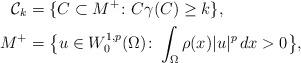
LaTeX: \begin{align*}\mathcal{C}_k & = \{ C \subset M^+ \colon C \gamma(C) \ge k \},\\M^+ & = \big\{u \in W^{1,p}_0(\Omega)\colon \int_{\Omega} \rho(x) |u|^p\, dx > 0 \big\},\end{align*}